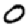
Digit: 0